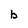
Character: b